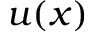
u ( x )